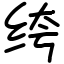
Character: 绔